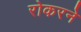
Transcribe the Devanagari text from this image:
रोकरने